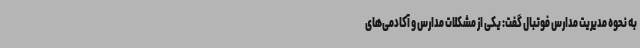
به نحوه مدیریت مدارس فوتبال گفت: یکی از مشکلات مدارس و آکادمی‌های